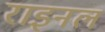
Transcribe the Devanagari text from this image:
राइनल